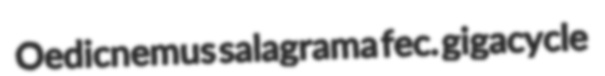
Oedicnemus salagrama fec. gigacycle